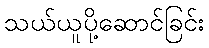
သယ်ယူပို့ဆောင်ခြင်း